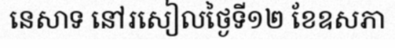
នេសាទ នៅរសៀលថ្ងៃទី១២ ខែឧសភា